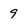
Character: 9